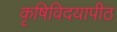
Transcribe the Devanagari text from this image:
कृषिविदयापीठ